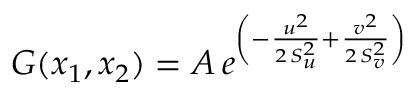
G ( x _ { 1 } , x _ { 2 } ) = A \, e ^ { \left( - \frac { u ^ { 2 } } { 2 \, S _ { u } ^ { 2 } } + \frac { v ^ { 2 } } { 2 \, S _ { v } ^ { 2 } } \right) }